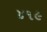
૪૧૯